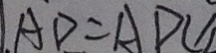
A D = A D C